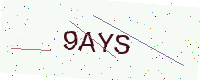
Text: 9AYS